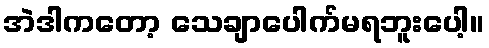
အဲဒါကတော့ သေချာပေါက်မရဘူးပေါ့။